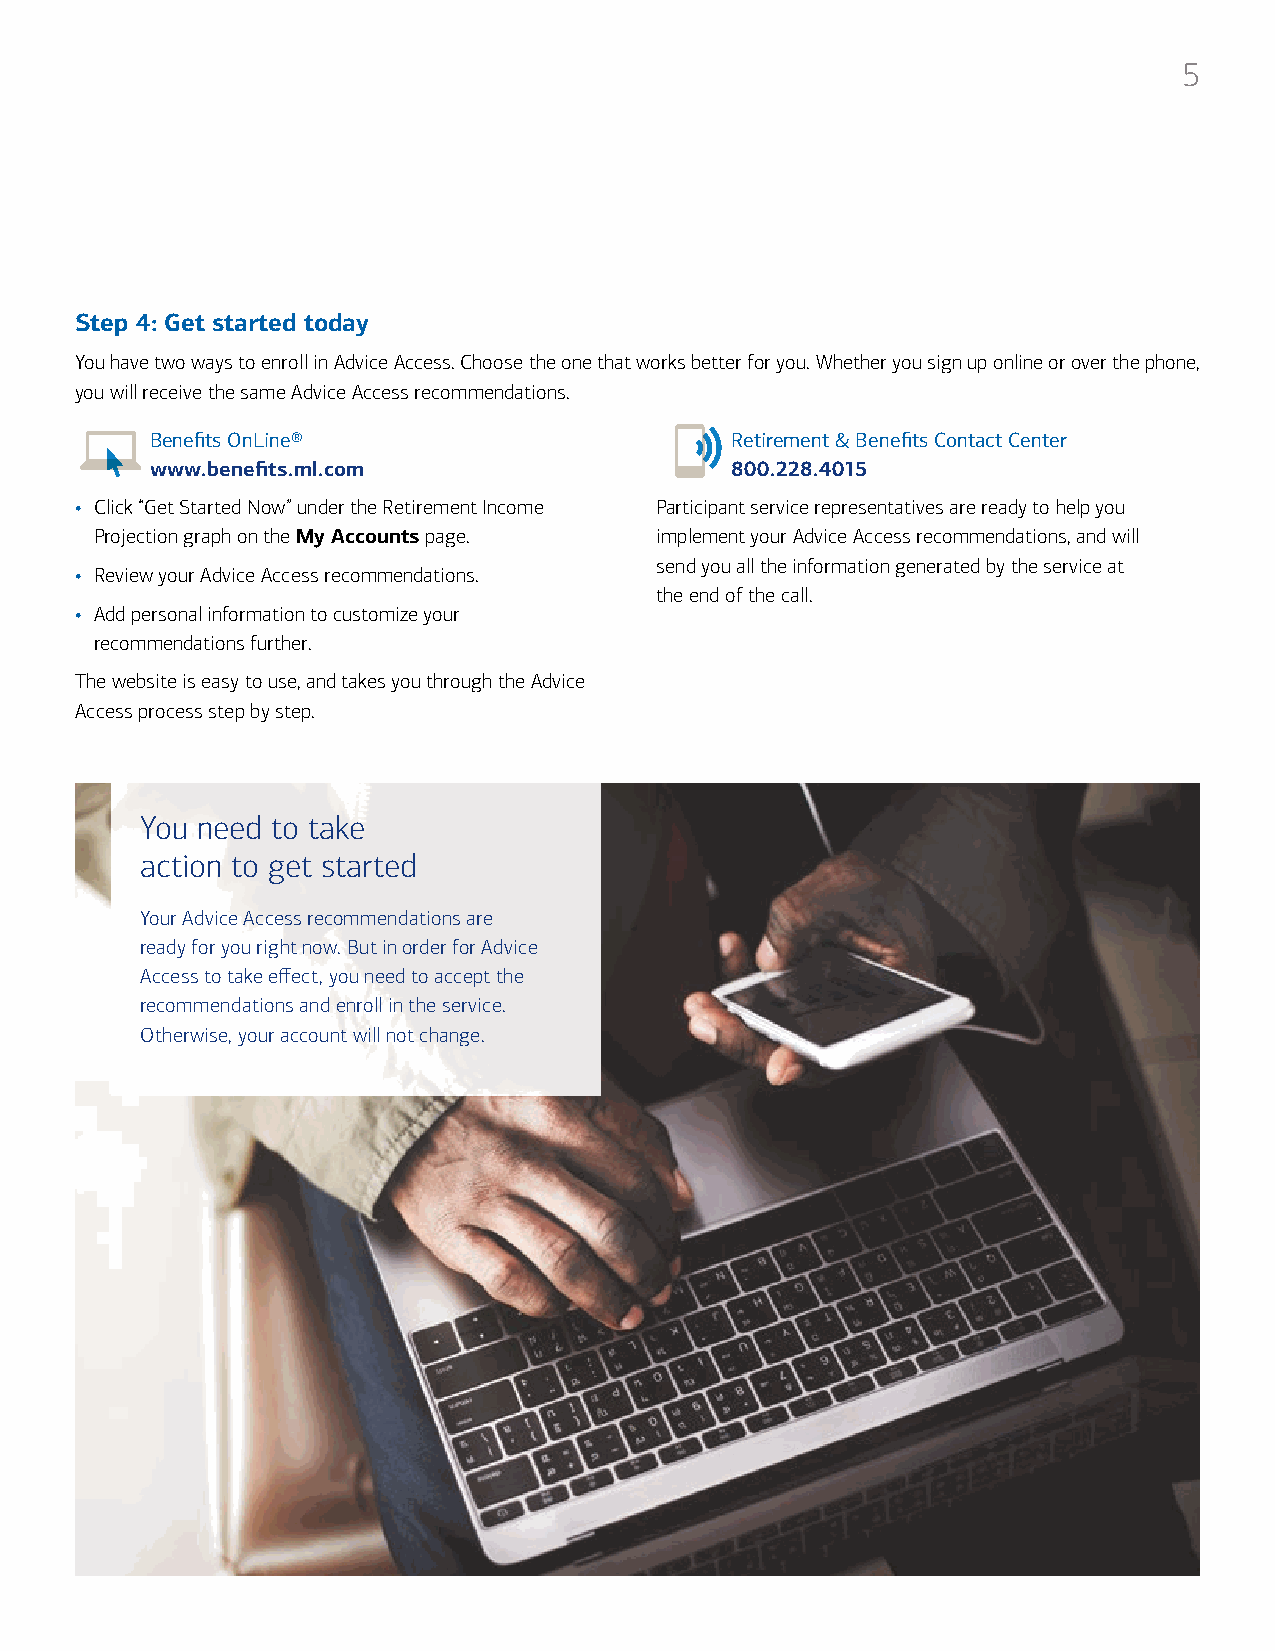
5
 Step 4: Get started today
 You have two ways to enroll in Advice Access. Choose the one that works better for you. Whether you sign up online or over the phone,
 you will receive the same Advice Access recommendations.
 Benefits OnLine®                      Retirement & Benefits Contact Center
 www.benefits.ml.com                   800.228.4015
 • Click “Get Started Now” under the Retirement Income Participant service representatives are ready to help you
 Projection graph on the My Accounts page. implement your Advice Access recommendations, and will
 send you all the information generated by the service at
 • Review your Advice Access recommendations.
 the end of the call.
 • Add personal information to customize your
 recommendations further.
 The website is easy to use, and takes you through the Advice
 Access process step by step.
 You need to take
 action to get started
 Your Advice Access recommendations are
 ready for you right now. But in order for Advice
 Access to take effect, you need to accept the
 recommendations and enroll in the service.
 Otherwise, your account will not change.